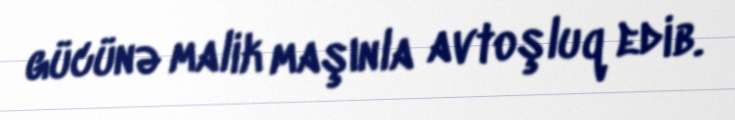
gücünə malik maşınla avtoşluq edib.